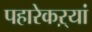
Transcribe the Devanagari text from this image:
पहारेकऱ्यां